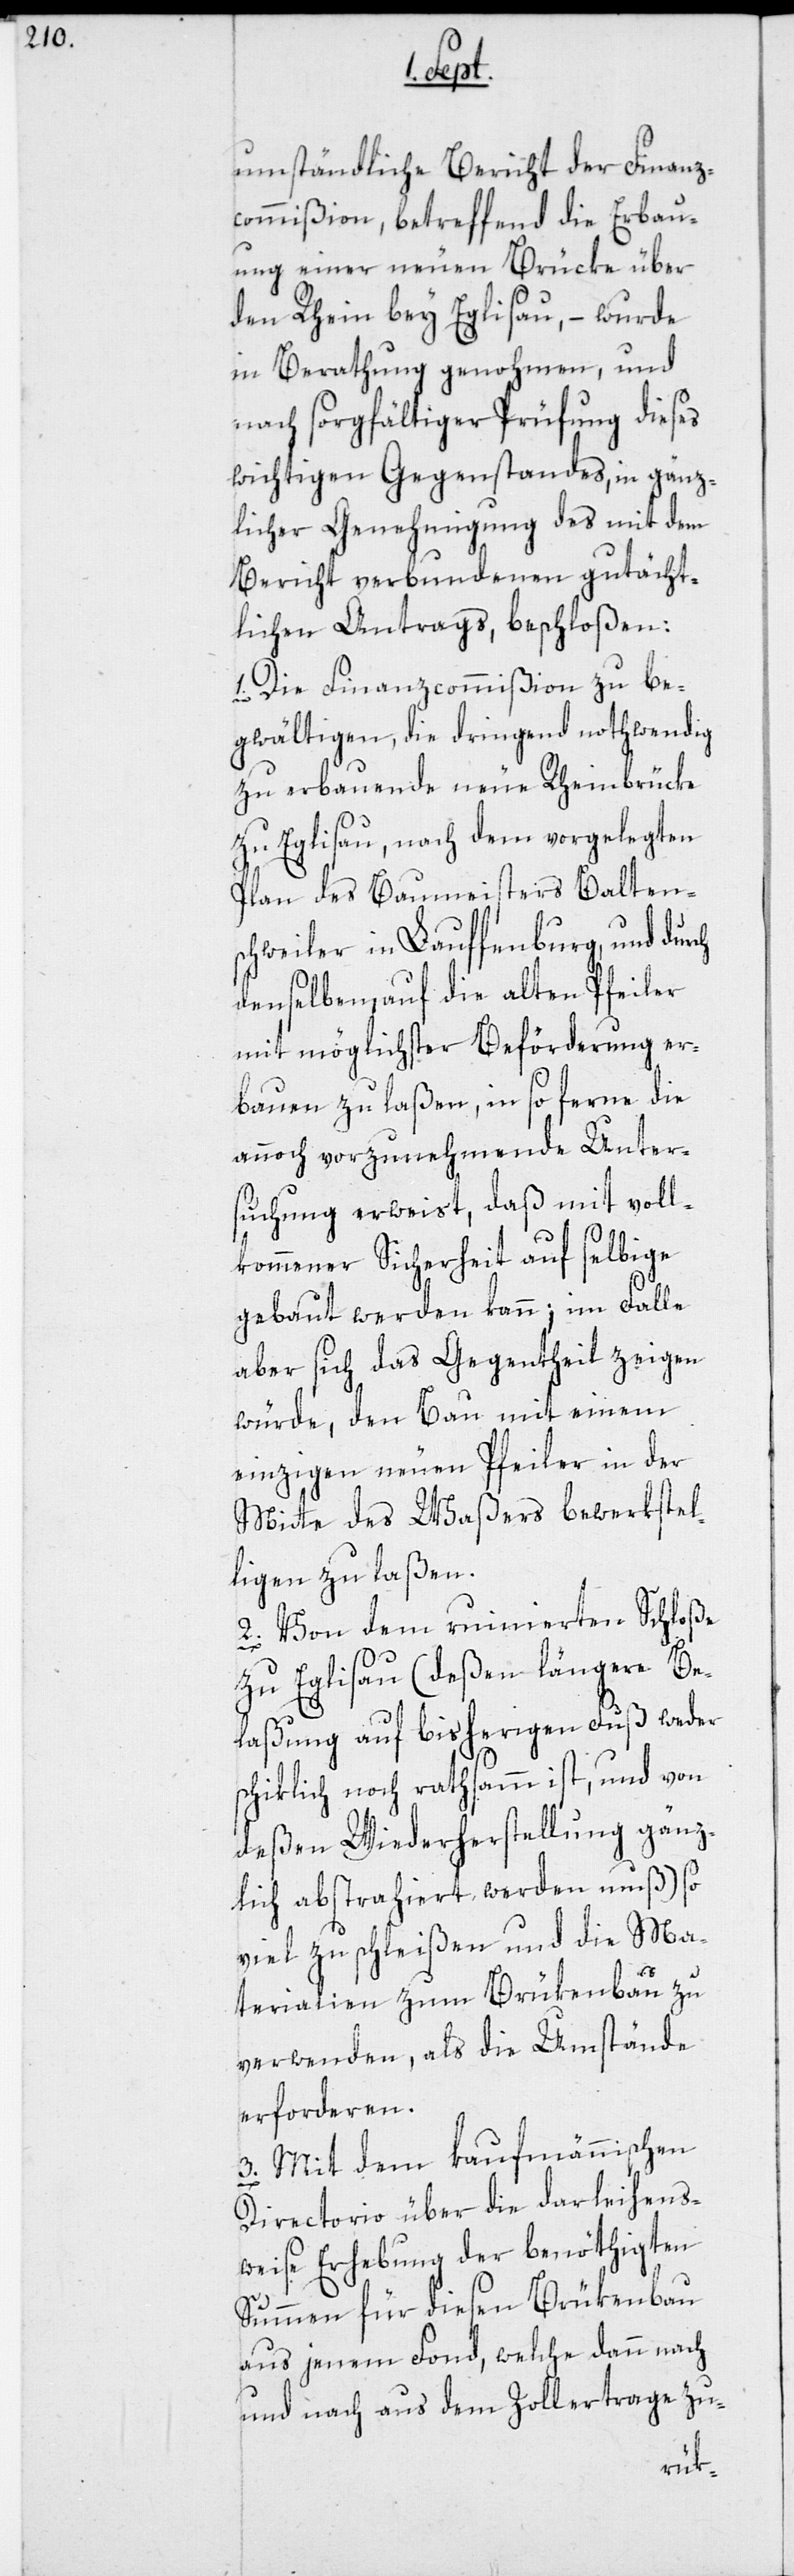
umständliche Bericht der Finanz¬
commißion, betreffend die Erbau¬
ung einer neuen Brücke über
den Rhein bey Eglisau, – wurde
in Berathung genohmen, und
nach sorgfältiger Prüfung dieses
wichtigen Gegenstandes, in gänz¬
licher Genehmigung des mit dem
Bericht verbundenen gutächt¬
lichen Antrags, beschloßen:
Die Finanzcommißion zu be¬
gwältigen, die dringend nothwendig
zu erbauende neue Rheinbrücke
zu Eglisau, nach dem vorgelegten
Plan des Baumeisters Balten¬
schweiler in Lauffenburg, und durch
denselben auf die alten Pfeiler
mit möglichster Beförderung er¬
bauen zu laßen, in so ferne die
annoch vorzunehmende Unter¬
suchung erweist, daß mit voll¬
kommener Sicherheit auf selbige
gebaut werden kann; im Falle
aber sich das Gegentheil zeigen
würde, den Bau mit einem
einzigen neuen Pfeiler in der
Mitte des Waßers bewerkstel¬
ligen zu laßen.
2. Von dem ruinierten Schloße
zu Eglisau (deßen längere Be¬
laßung auf bisherigen Fuß weder
schicklich noch rathsamm ist, und von
deßen Wiederherstellung gänz¬
lich abstrahiert werden muß) so
viel zu schleißen und die Ma¬
terialien zum Brükenbau zu
verwenden, als die Umstände
erforderen.
3. Mit dem kaufmännischen
Ditrectorio über die darleihens¬
weise Erhebung der benöthigten
Summen für diesen Brükenbau
aus jenem Fond, welche dann nach
und nach aus dem Zollertrage zu-